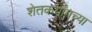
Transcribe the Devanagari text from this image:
शेतकर्यांगच्या